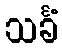
သင်္ခံ